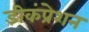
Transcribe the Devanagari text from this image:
डीकंप्रेशन